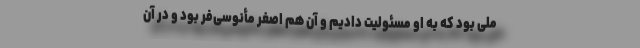
ملی بود که به او مسئولیت دادیم و آن هم اصغر مأنوسی‌فر بود و در آن